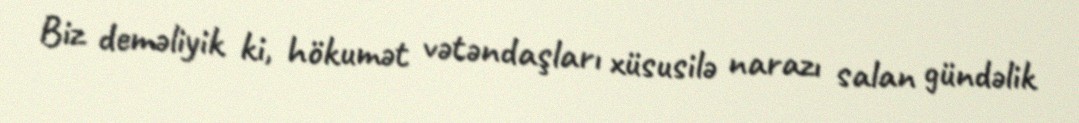
Biz deməliyik ki, hökumət vətəndaşları xüsusilə narazı salan gündəlik